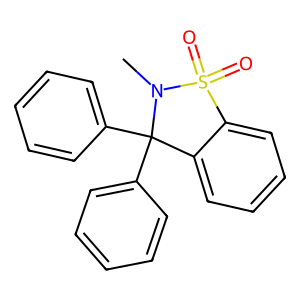
SMILES: CN1C(c2ccccc2)(c2ccccc2)c2ccccc2S1(=O)=O
Inhibits HIV replication: No